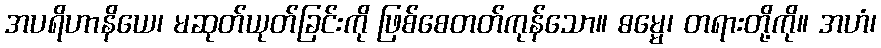
အပရိဟာနိယေ၊ မဆုတ်ယုတ်ခြင်းကို ဖြစ်စေတတ်ကုန်သော။ ဓမ္မေ၊ တရားတို့ကို။ အဟံ၊